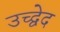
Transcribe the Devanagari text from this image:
उच्द्वेद